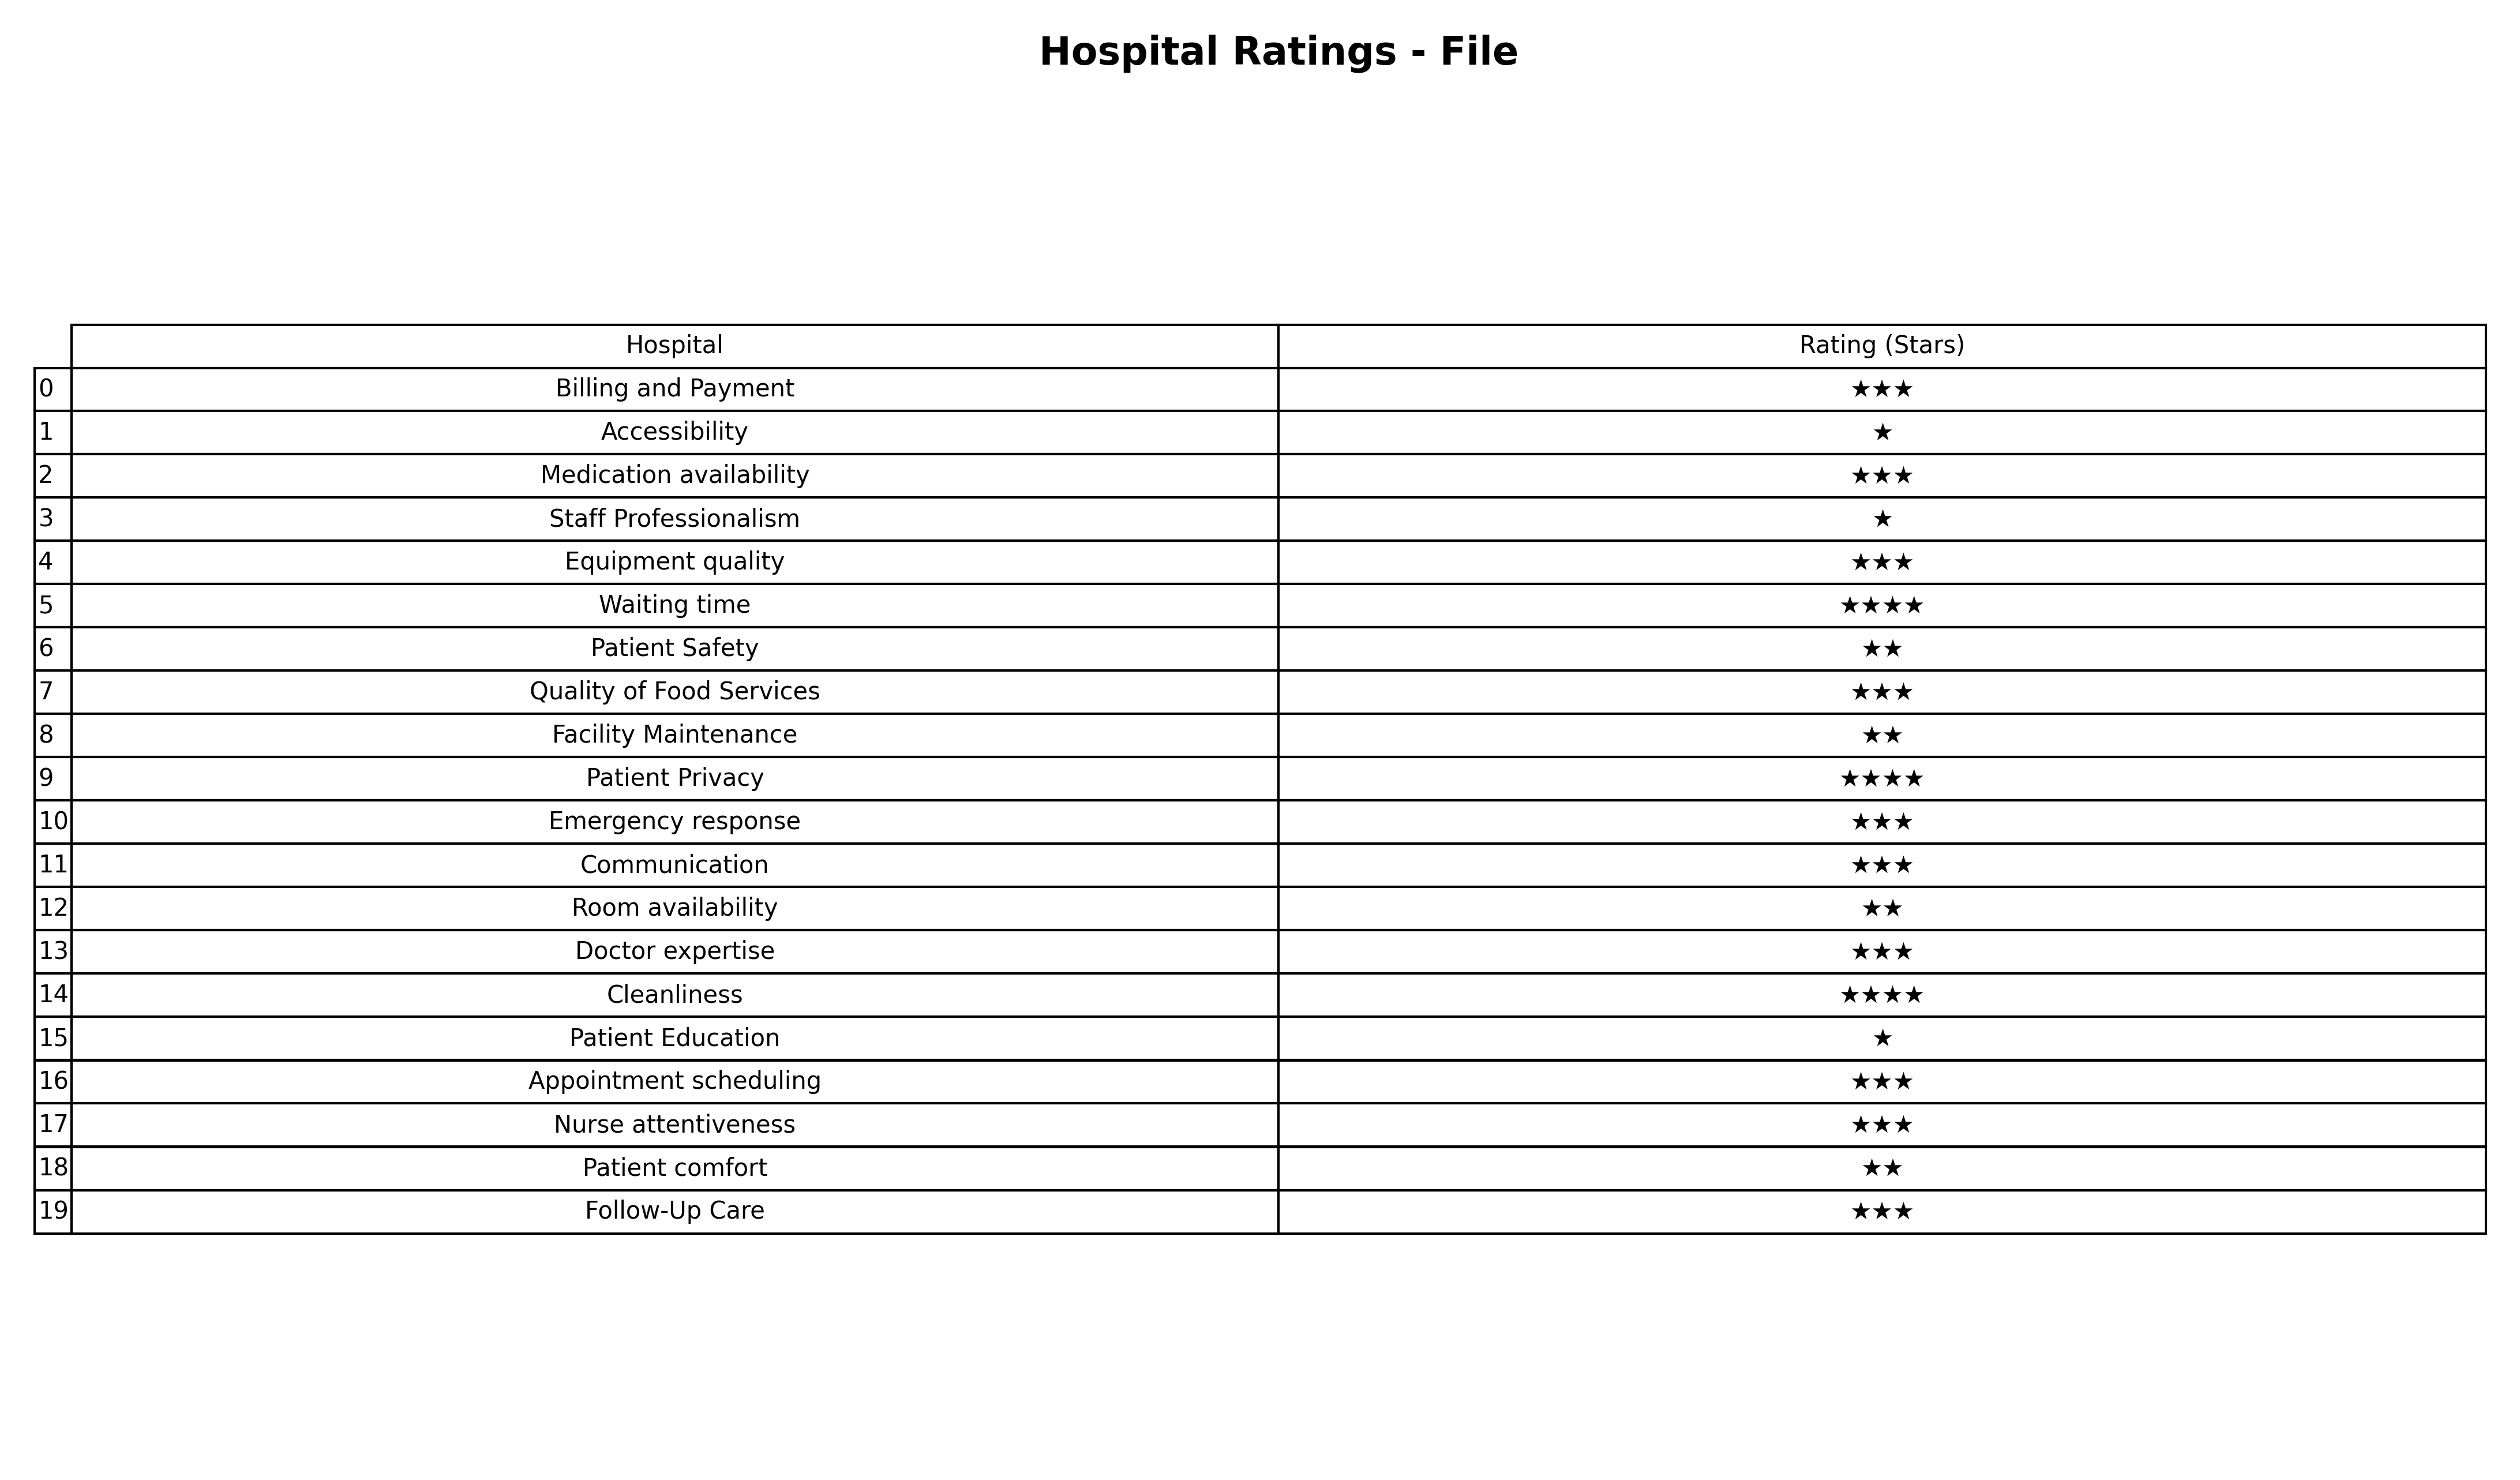
question: What are one star services?
answer: AccessibilityStaff ProfessionalismPatient Education